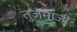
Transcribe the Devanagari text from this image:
तुजमाजी